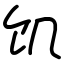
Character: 饥